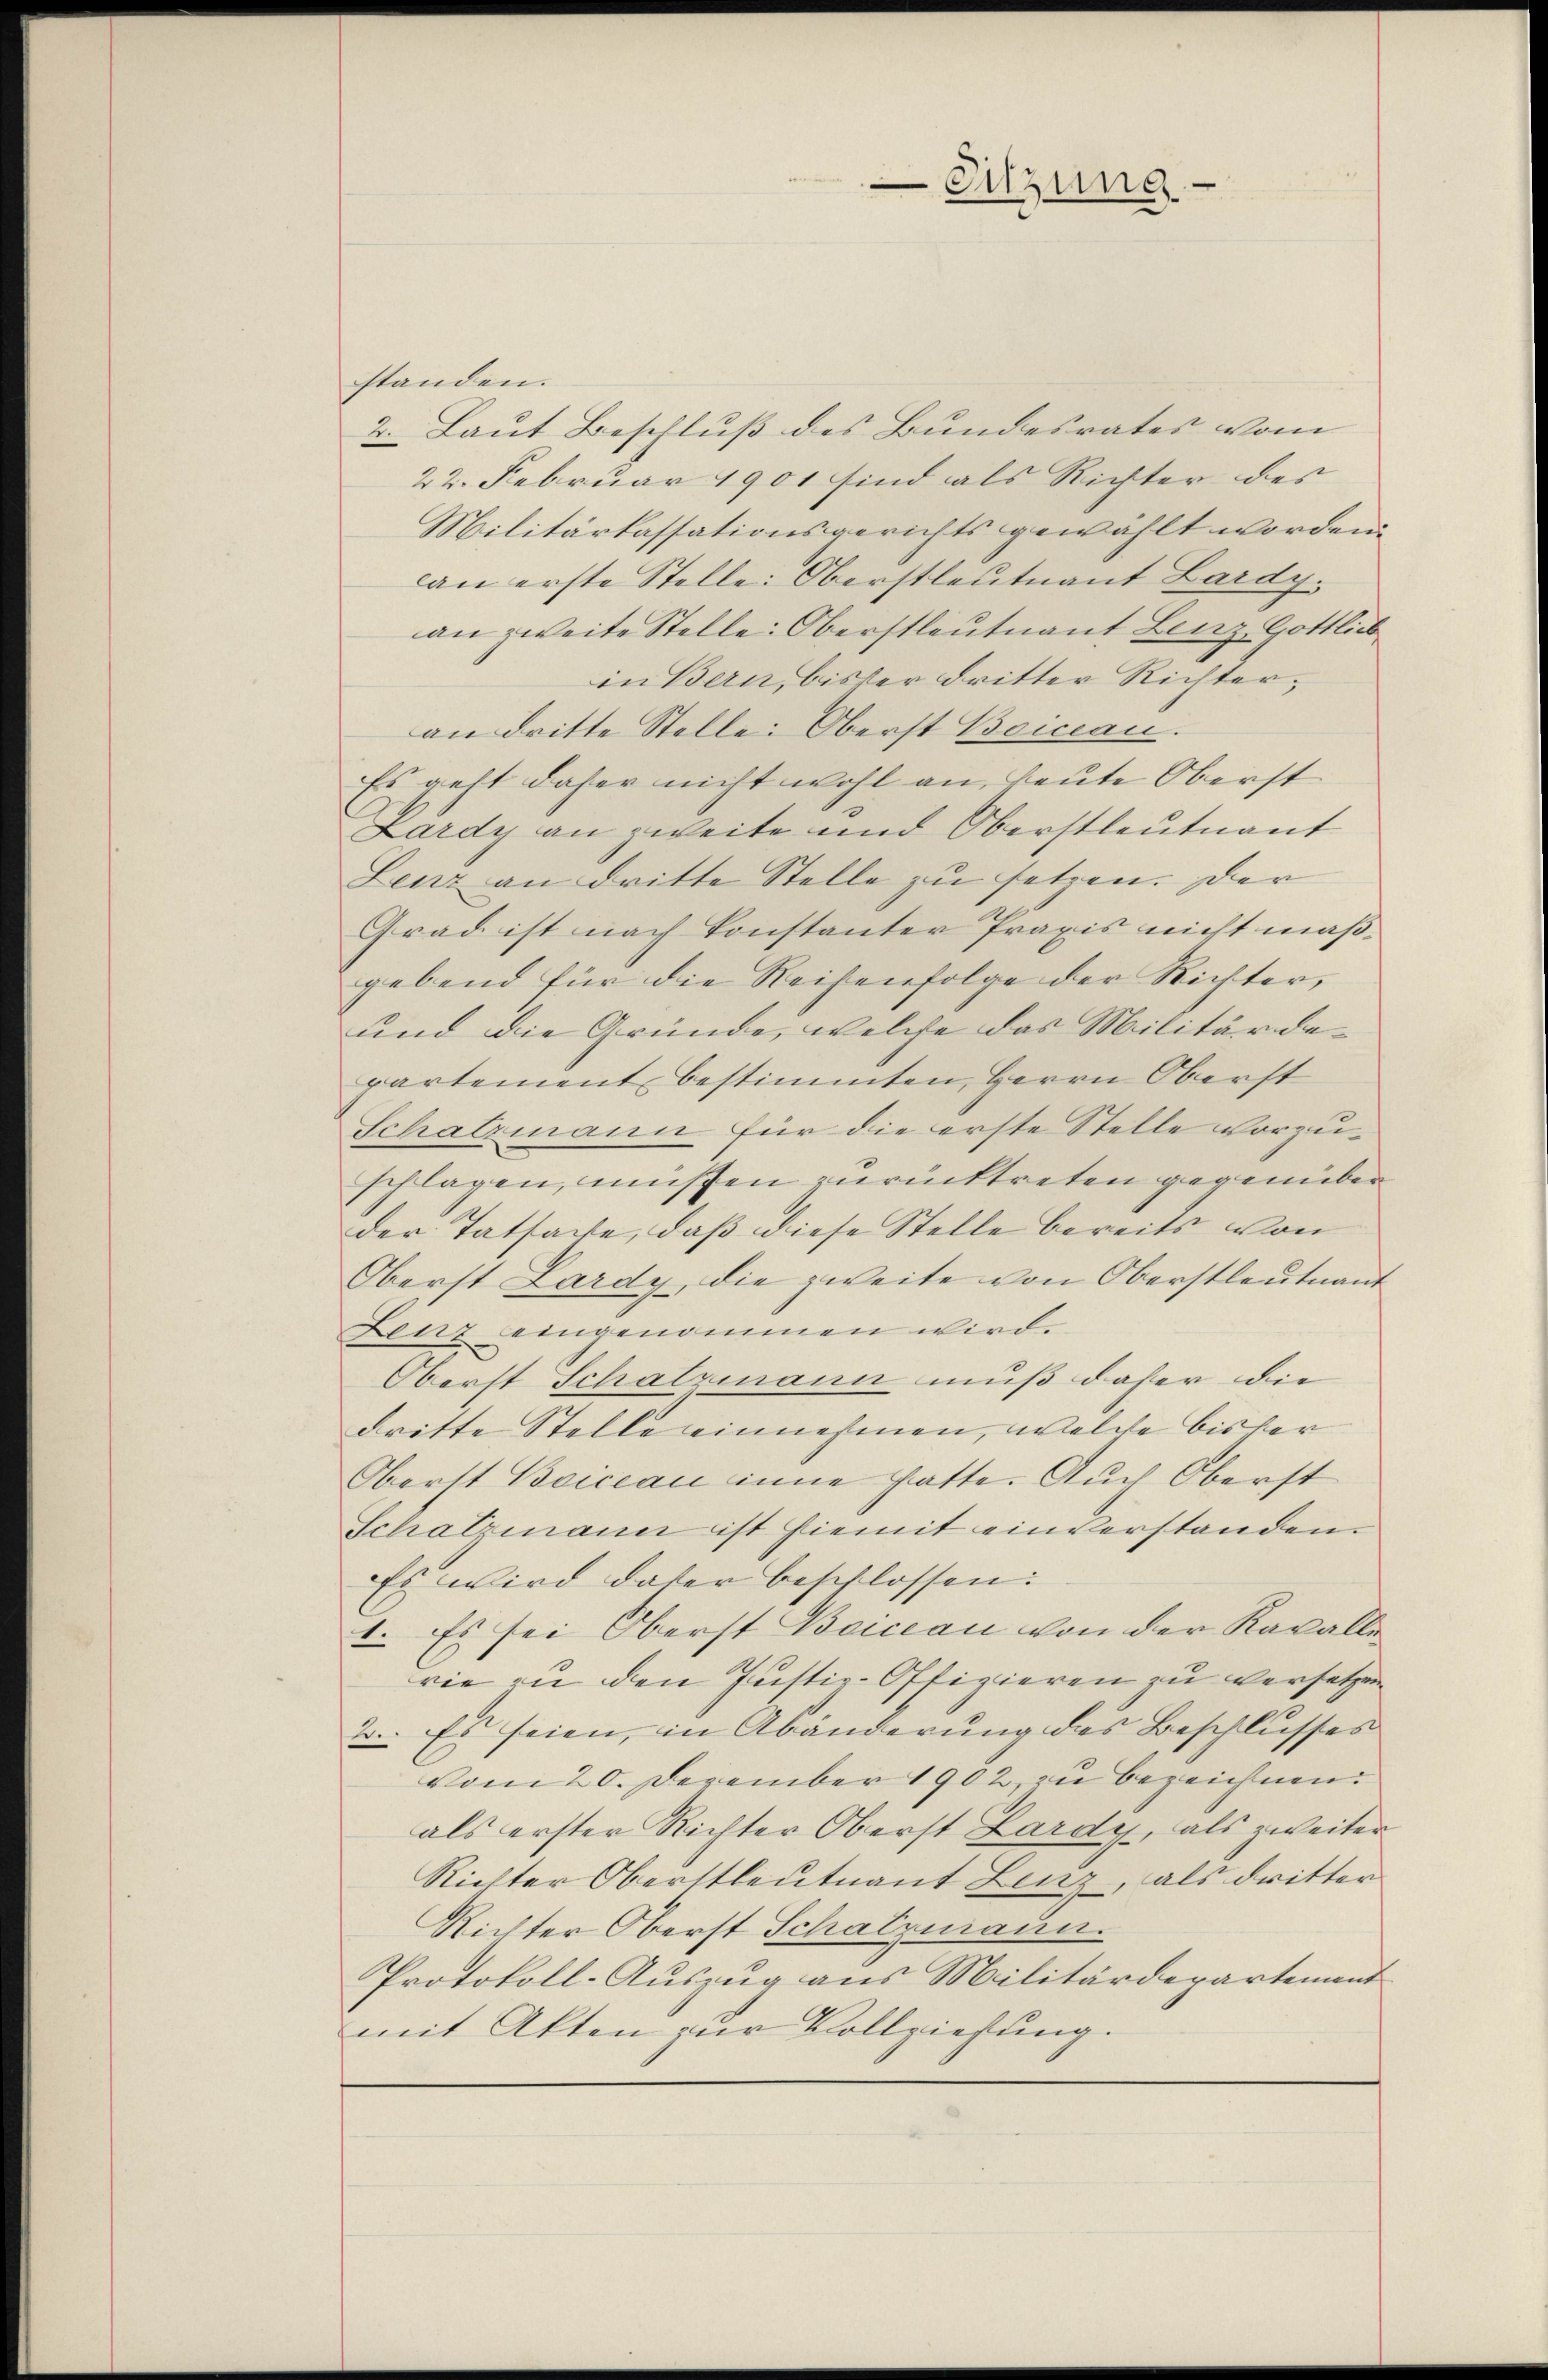
standen.
2. Laut Beschluß des Bundesrates vom
22. Februar 1901 sind als Richter des
Militärkassationsgerichts gewählt worden.
an erste Stelle: Oberstleutnant Lardy.
an zweite Stelle: Oberstleutnant Lenz Gottlieb
in Bern, bisher dritter Richteran dritte Stelle: Oberst Beinau.
Es geht daher nicht wohl an, heute Oberst
Lardy an zweite und Oberstleutnant
Lenz an dritte Stelle zu setzen. Der
Grad ist nach konstanter Praxis nicht maßgebend für die Reisenfolge der Richter,
und die Gründe, welche das Militärdepartement bestimmten, Herrn Oberst
Schatzmann für die erste Stelle vorzuschlagen, müssen zurücktreten gegenüber
der Tatsache, daß diese Stelle bereits von
Oberst Lardy, die zweite von Oberstleutnant
Lenz eingenommen wird.
Oberst Schatzmann muß daher die
dritte Stelle einnehmen, welche bisher
Oberst Boician inne hatte. Auch Oberst
Schatzmann ist hiemit einverstanden.
Es wird daher beschlossen:
1. Es sei Oberst Boicean von der Kavalle
rie in den Justiz-Offizieren zu versetzen
2.. Es seien, in Abänderung des Beschlusses
vom 20. Dezember 1902 zu bezeichnen.
als erster Richter Oberst Lardy, als zweiter
Richter Oberstleutnant Lenz, als dritter
Richter Oberst Schatzmann.
Protokoll-Auszug aus Militärdepartement
mit Akten zur Vollziehung.

Sitzung